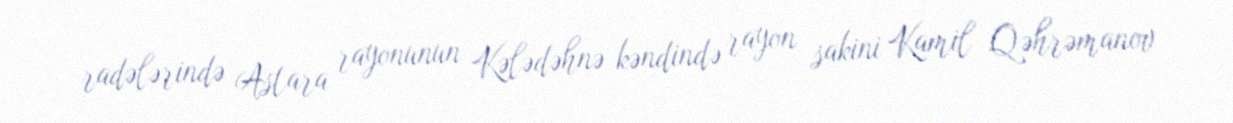
radələrində Astara rayonunun Kələdəhnə kəndində rayon sakini Kamil Qəhrəmanov